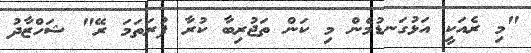
"މި ރެއަކީ އަޅުގަނޑުމެން މި ކަން ތަޖުރިބާ ކުރާ ފުރަތަމަ ރޭ" ޝަހްޒާދު